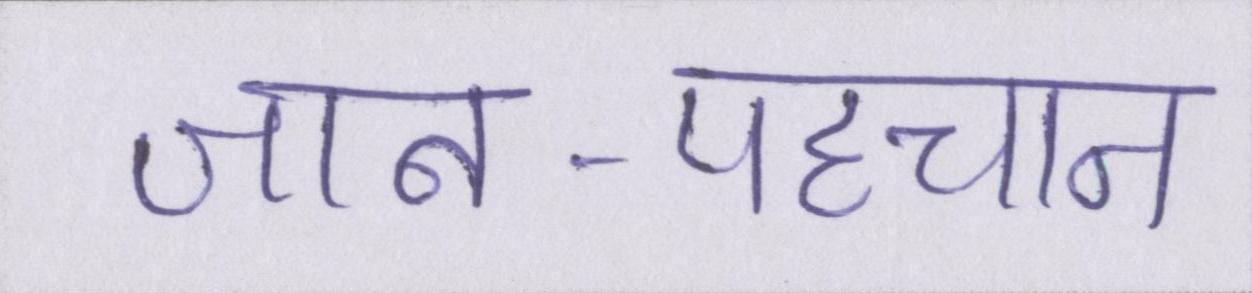
जान-पहचान